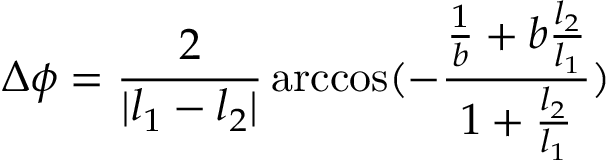
\Delta \phi = \frac { 2 } { | l _ { 1 } - l _ { 2 } | } \operatorname { a r c c o s } ( - \frac { \frac { 1 } { b } + b \frac { l _ { 2 } } { l _ { 1 } } } { 1 + \frac { l _ { 2 } } { l _ { 1 } } } )